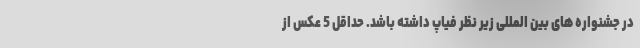
در جشنواره های بین المللی زیر نظر فیاپ داشته باشد. حداقل 5 عکس از